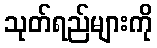
သုတ်ရည်များကို